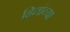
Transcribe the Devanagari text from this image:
हितांच्या